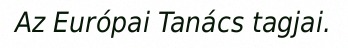
Az Európai Tanács tagjai.